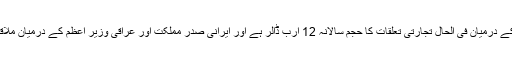
انہوں نے کہا کہ اسلامی جمہوریہ ایران اور عراق کے درمیان فی الحال تجارتی تعلقات کا حجم سالانہ 12 ارب ڈالر ہے اور ایرانی صدر مملکت اور عراقی وزیر اعظم کے درمیان ملاقات میں اسے 20 ارب ڈالر پہنچنے پر اتفاق کیا گیا۔